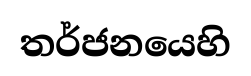
තර්ජනයෙහි